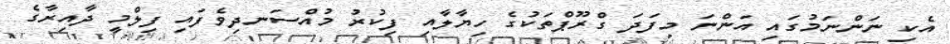
އެކި ނަންނަމުގައި އަންނަ މިފަދަ ގްރޫޕްތަކުގެ ހިޔާލާއި ފިކުރު މުއްސަނދިވެފައި ފިލްމީ ދާއިރާގެ